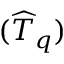
( \widehat { T } _ { q } )